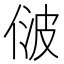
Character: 𬾢